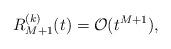
LaTeX: \begin{align*} R_{M+1}^{(k)}(t)=\mathcal{O}(t^{M+1}),\end{align*}